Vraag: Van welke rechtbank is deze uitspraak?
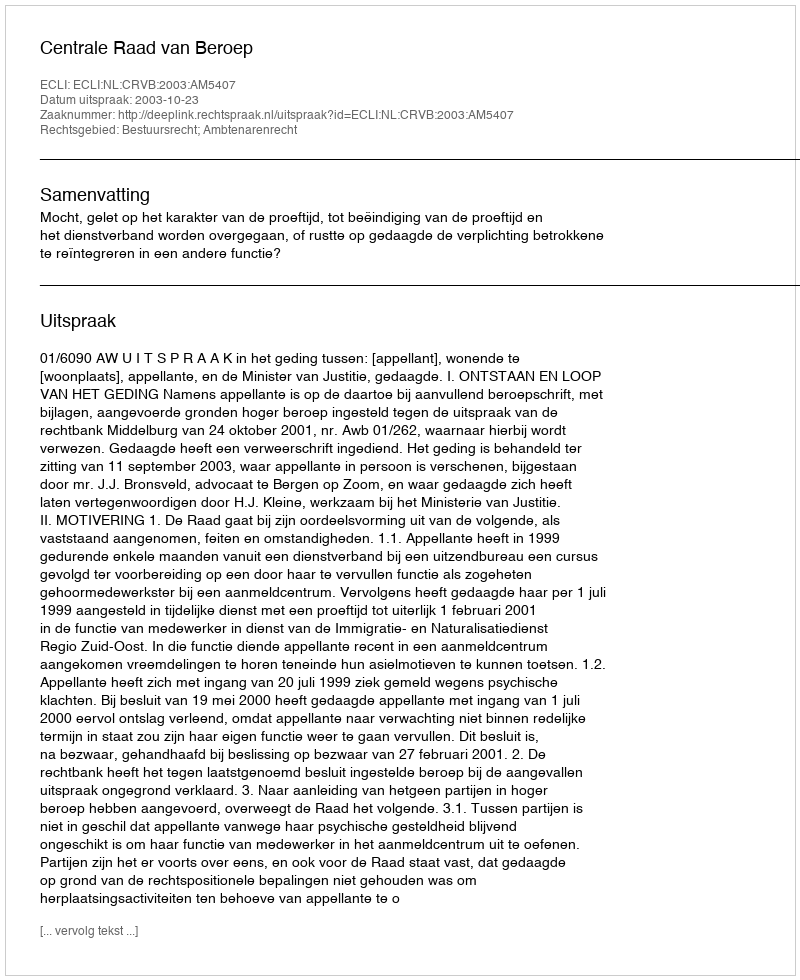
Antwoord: Centrale Raad van Beroep